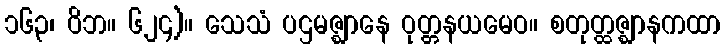
၁၆၃၊ ဝိဘ။ ၆၂၄)။ သေသံ ပဌမဇ္ဈာနေ ဝုတ္တနယမေဝ။ စတုတ္ထဇ္ဈာနကထာ